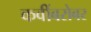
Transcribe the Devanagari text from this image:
कवींबरोबर